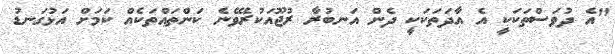
"އެ ދުވަސްތަކަކީ އެ އާދަތަކަކީ ދެން އަނބުރާ ރުޖޫއަކުރެވޭނެ ކަންތައްތަކެއް ކަމަށް އަޅުގަނޑު